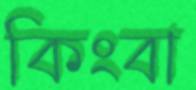
কিংবা